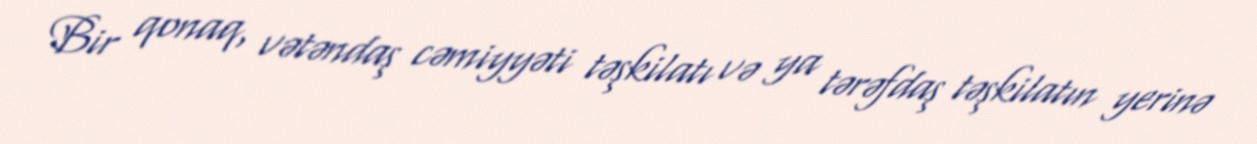
Bir qonaq, vətəndaş cəmiyyəti təşkilatı və ya tərəfdaş təşkilatın yerinə